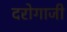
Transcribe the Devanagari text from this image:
दरोगाजी